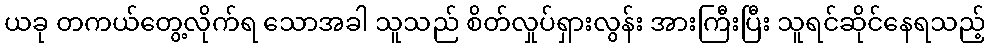
ယခု တကယ်တွေ့လိုက်ရ သောအခါ သူသည် စိတ်လှုပ်ရှားလွန်း အားကြီးပြီး သူရင်ဆိုင်နေရသည့်